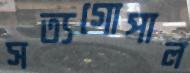
সত্যগোপাল